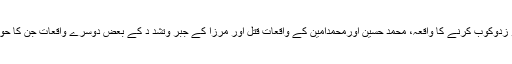
غریب شاہ کو زدوکوب کرنے کا واقعہ، محمد حسین اورمحمدامین کے واقعات قتل اور مرزا کے جبر وتشد د کے بعض دوسرے واقعات جن کا حوالہ دیاگیا ہے۔